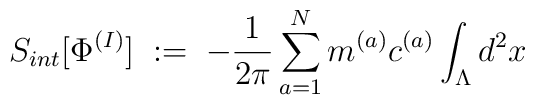
S_{int} [ \Phi^{(I)} ] \; := \;- \frac{1}{2\pi} \sum_{a=1}^N m^{(a)} c^{(a)} \int_{\Lambda} d^2 x \;